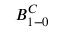
B _ { 1 - 0 } ^ { C }